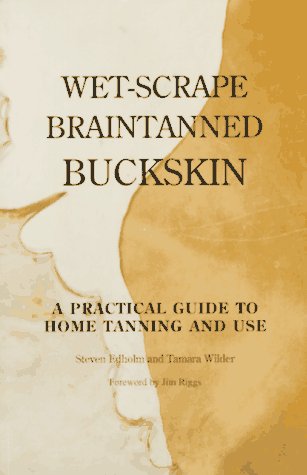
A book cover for Wet-Scrape Braintanned Buckskin: A Practical Guide to Home Tanning and Use; Steven Edholm; Crafts, Hobbies & Home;